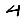
Digit: 4